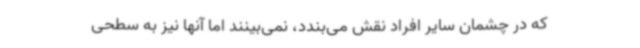
که در چشمان سایر افراد نقش می‌بندد، نمی‌بینند اما آنها نیز به سطحی